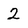
Character: 2